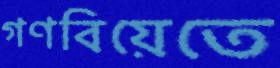
গণবিয়েতে